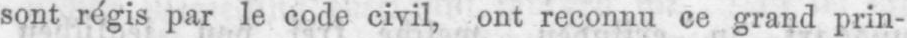
sont régis par le code civil, ont reconnu ce grand prin-